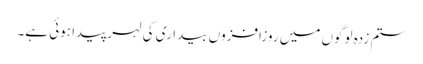
ستم زدہ لوگوں میں روزافزوں بیداری کی لہر پیدا ہوئی ہے۔